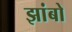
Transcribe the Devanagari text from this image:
झांबो